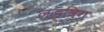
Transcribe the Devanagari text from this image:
लड्विग